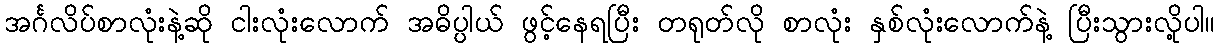
အင်္ဂလိပ်စာလုံးနဲ့ဆို ငါးလုံးလောက် အဓိပ္ပါယ် ဖွင့်နေရပြီး တရုတ်လို စာလုံး နှစ်လုံးလောက်နဲ့ ပြီးသွားလို့ပါ။